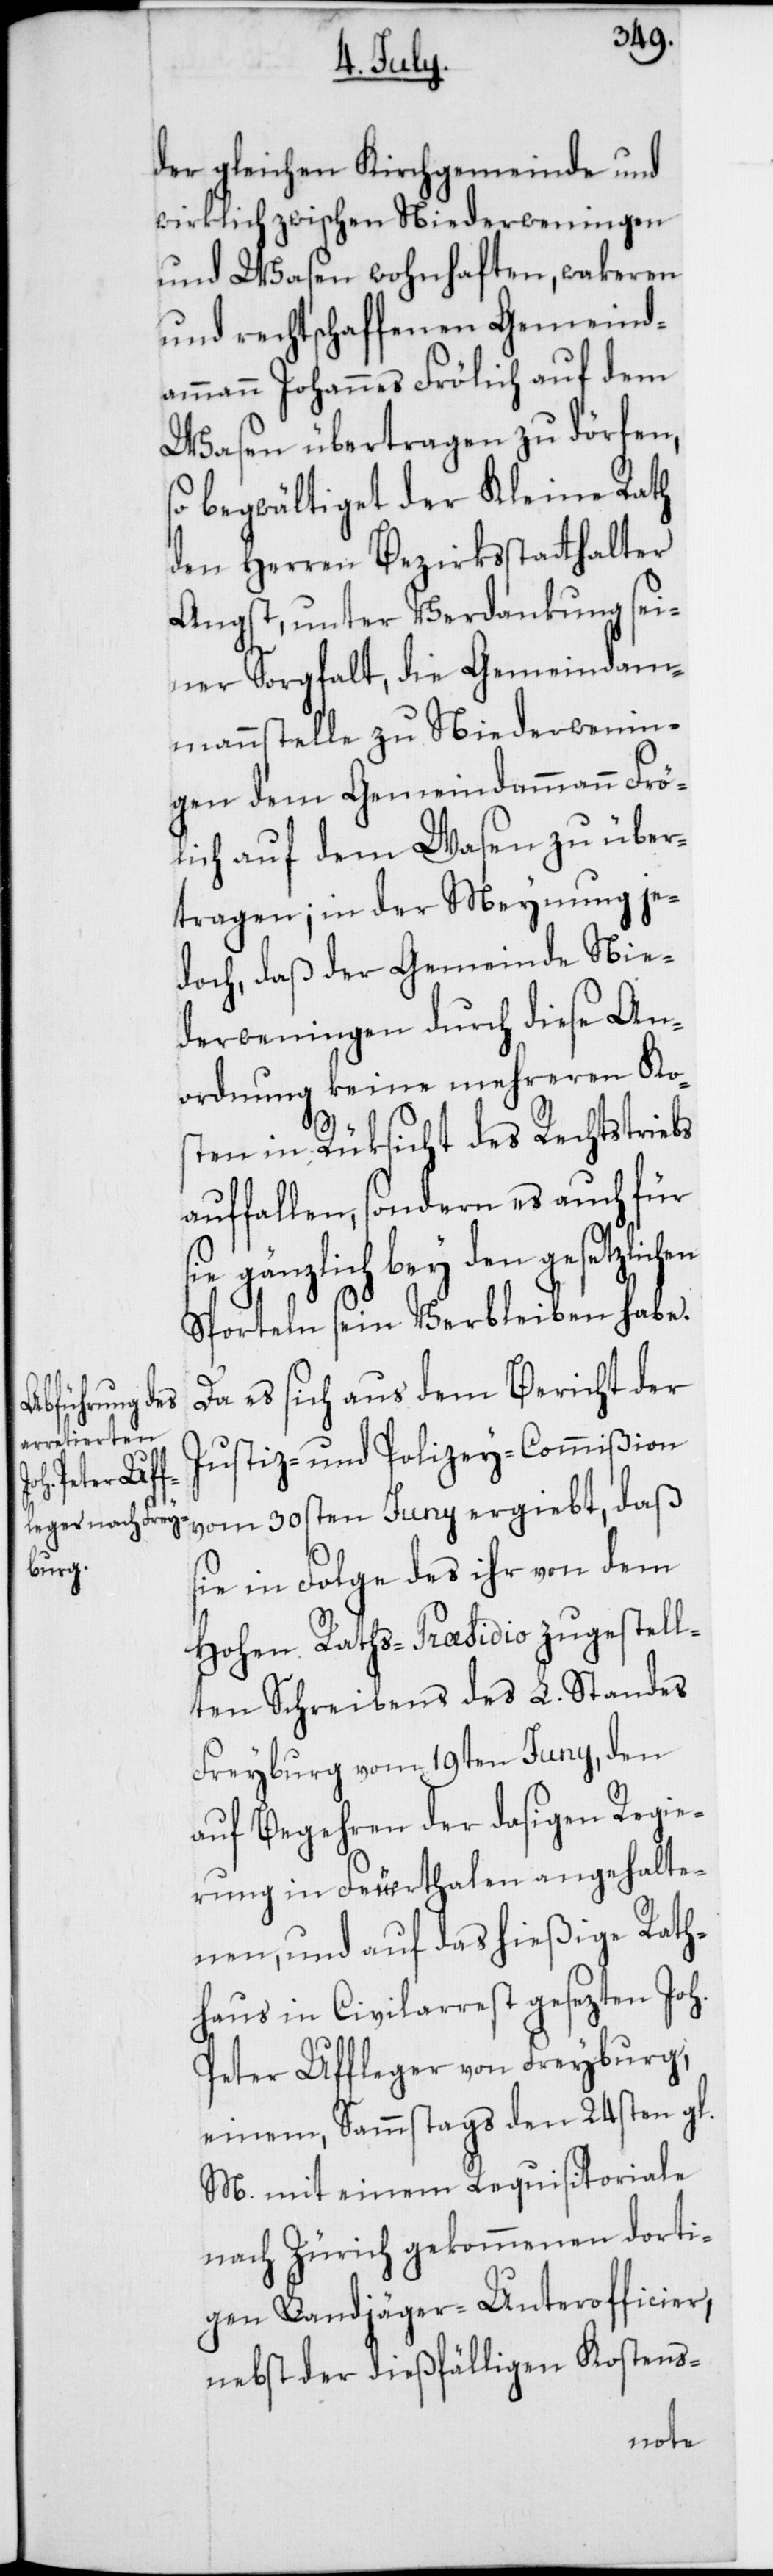
en

der gleichen Kirchgemeinde und
wirklich zwischen Niederweningen
und Wasen wohnhaften, wakeren
und rechtschaffenen Gemeind¬
ammann Johannes Frölich auf dem
Wasen übertragen zu dörfen,
so begwältiget der Kleine Rath
den Herren Bezirksstatthalter
Angst, unter Verdankung sei¬
ner Sorgfalt, die Gemeindam¬
mannstelle zu Niederwenin¬
gen dem Gemeindammann Frö¬
lich auf dem Wasen zu über¬
tragen; in der Meynung je¬
doch, daß der Gemeinde Nie¬
derweningen durch diese An¬
ordnung keine mehreren Ko¬
sten in Rüksicht des Rechtstriebs
auffallen, sondern es auch für
sie gänzlich bey den gesetzlich¬
Sporteln sein Verbleiben habe.
Da es sich aus dem Bericht der
Justiz- und Polizey-Commißion
vom 30sten Juny ergiebt, daß
sie in Folge des ihr von dem
Hohen Raths-Praesidio zugestell¬
ten Schreibens des L. Standes
Freyburg vom 19ten Juny, den
auf Begehren der dasigen Regie¬
rung in Feuerthalen angehalte¬
nen, und auf das hießige Rath¬
haus in Civilarrest gesezten Joh.
Peter Uffleger von Freyburg,
einem, Sammstags den 24sten gl.
M. mit einem Requisitoriale
nach Zürich gekommenen dorti¬
gen Landjäger-Unterofficier,
nebst der dießfälligen Kostens-